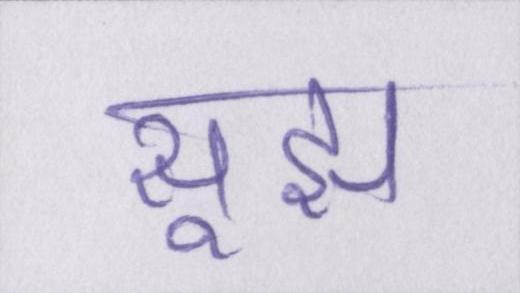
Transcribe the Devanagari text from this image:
सूझ